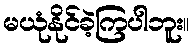
မယုံနိုင်ခဲ့ကြပါဘူး။